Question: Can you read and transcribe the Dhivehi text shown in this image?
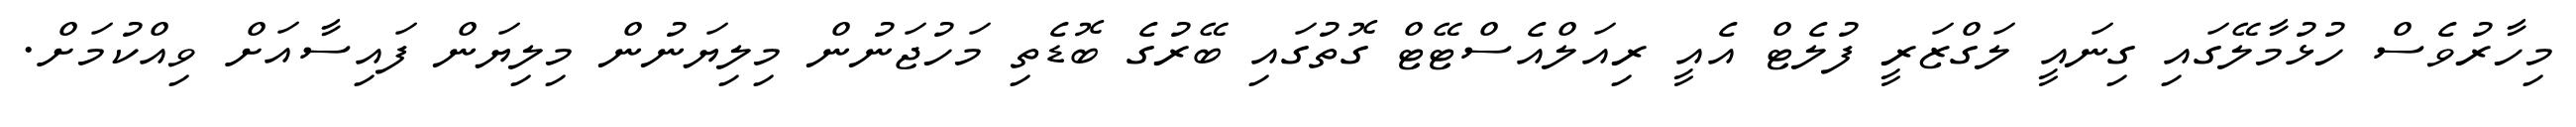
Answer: މިހާރުވެސް ހުޅުމާލޭގައި ގިނައީ ލަގްޒަރީ ފުލެޓް އެއީ ރިއަލްއެސްޓޭޓް ގޮތުގައި ބޭރުގެ ބޮޑެތި މަހުޖަނުން މިލިޔަނުން މިލިޔަން ފައިސާއަށް ވިއްކުމަށް.